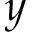
y